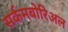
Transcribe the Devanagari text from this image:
सर्कमबोरिअल